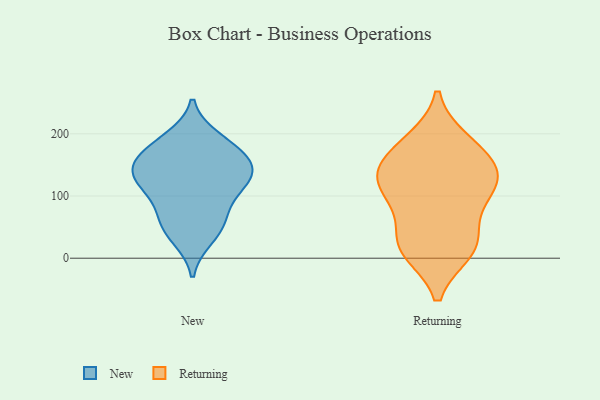
{"axis": {"x": "Bounce Rate (%)", "y": "Value"}, "legend": ["New", "Returning"], "data": [{"x": "", "y": 152, "type": "New"}, {"x": "", "y": 184, "type": "New"}, {"x": "", "y": 116, "type": "New"}, {"x": "", "y": 129, "type": "New"}, {"x": "", "y": 33, "type": "New"}, {"x": "", "y": 46, "type": "New"}, {"x": "", "y": 146, "type": "New"}, {"x": "", "y": 123, "type": "New"}, {"x": "", "y": 169, "type": "New"}, {"x": "", "y": 69, "type": "New"}, {"x": "", "y": 70, "type": "New"}, {"x": "", "y": 154, "type": "New"}, {"x": "", "y": 116, "type": "New"}, {"x": "", "y": 192, "type": "New"}, {"x": "", "y": 138, "type": "Returning"}, {"x": "", "y": 14, "type": "Returning"}, {"x": "", "y": 188, "type": "Returning"}, {"x": "", "y": 24, "type": "Returning"}, {"x": "", "y": 107, "type": "Returning"}, {"x": "", "y": 12, "type": "Returning"}, {"x": "", "y": 107, "type": "Returning"}, {"x": "", "y": 85, "type": "Returning"}, {"x": "", "y": 135, "type": "Returning"}, {"x": "", "y": 157, "type": "Returning"}, {"x": "", "y": 182, "type": "Returning"}, {"x": "", "y": 30, "type": "Returning"}, {"x": "", "y": 132, "type": "Returning"}]}